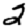
Digit: 2